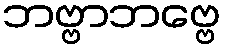
ဘဗ္ဗာဘဗ္ဗေ